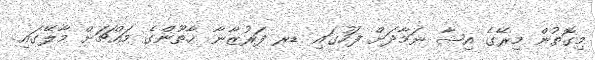
މިގޮތުން މިރޭގެ އިޝާ ނަމާދަށް ފަހުގައި ޑރ ފަރުޒާނާ ޚާތޫންގެ މައްޗަށް މާލޭގައި